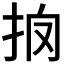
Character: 𢪼